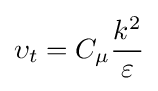
\upsilon _{t}=C_{\mu }{\frac {k^{2}}{\varepsilon }}